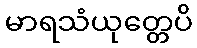
မာရသံယုတ္တေပိ